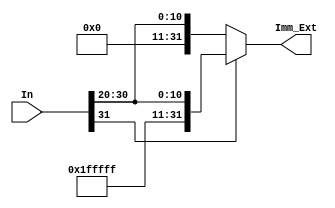
module Sign_Extend (In,Imm_Ext);

    input [31:0] In;
    output [31:0] Imm_Ext;

    assign Imm_Ext = (In[31]) ? {{20{1'b1}},In[31:20]} :
                                {{20{1'b0}},In[31:20]};
    
endmodule